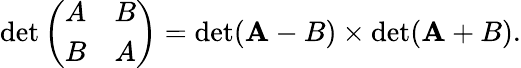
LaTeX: \operatorname*{det}{\left(\begin{array}{ll}{A}&{B}\\ {B}&{A}\end{array}\right)}=\operatorname*{det}(\mathbf{A}-B)\times\operatorname*{det}(\mathbf{A}+B).